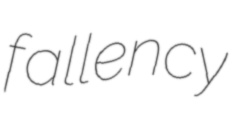
fallency